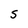
Character: S